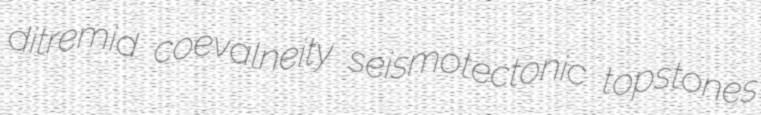
ditremid coevalneity seismotectonic topstones